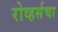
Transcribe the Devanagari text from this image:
रोव्हर्सचा